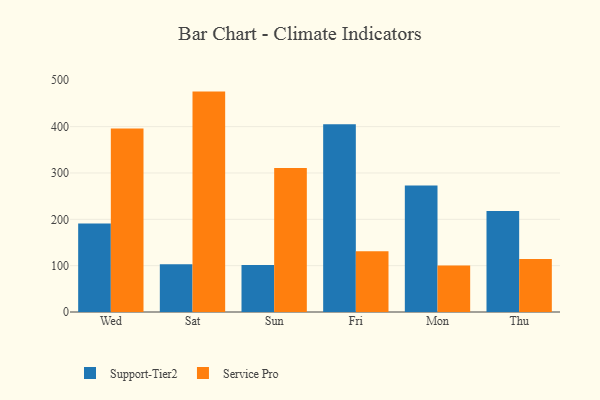
{"axis": {"x": "Day", "y": "Operating Costs (USD K)"}, "legend": ["Service Pro", "Support-Tier2"], "data": [{"x": "Wed", "y": 190.9, "type": "Support-Tier2"}, {"x": "Wed", "y": 396.2, "type": "Service Pro"}, {"x": "Sat", "y": 103.2, "type": "Support-Tier2"}, {"x": "Sat", "y": 475.6, "type": "Service Pro"}, {"x": "Sun", "y": 101.3, "type": "Support-Tier2"}, {"x": "Sun", "y": 310.5, "type": "Service Pro"}, {"x": "Fri", "y": 405.1, "type": "Support-Tier2"}, {"x": "Fri", "y": 131.1, "type": "Service Pro"}, {"x": "Mon", "y": 273.0, "type": "Support-Tier2"}, {"x": "Mon", "y": 100.1, "type": "Service Pro"}, {"x": "Thu", "y": 218.2, "type": "Support-Tier2"}, {"x": "Thu", "y": 114.1, "type": "Service Pro"}]}